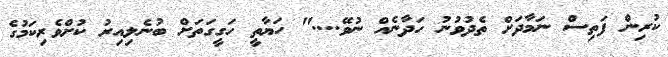
ކުރިން ފަތިސް ނަމާދަށް ތެދުވުނު ހަދާނެއް ނުވޭ...." ހަޔާތީ ހަގީގަތަށް ބުނެލިއިރު ކުށްވެރިކަމުގެ